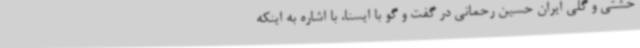
خشتی و گلی ایران حسین رحمانی در گفت و گو با ایسنا، با اشاره به اینکه